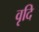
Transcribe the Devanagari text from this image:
वृदि